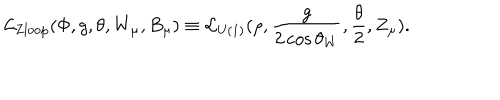
{ \cal L } _ { \mathrm { Z l o o p } } ( \Phi , g , \theta , W _ { \mu } , B _ { \mu } ) \equiv { \cal L } _ { \mathrm { U ( 1 ) } } ( \rho , \frac { g } { 2 \cos \theta _ { W } } , \frac { \theta } { 2 } , Z _ { \mu } ) .